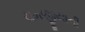
રામજીયાની